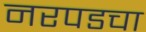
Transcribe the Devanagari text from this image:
नरपडचा